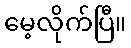
မေ့လိုက်ပြီ။